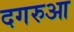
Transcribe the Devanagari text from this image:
दगरुआ